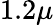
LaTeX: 1.2\mu